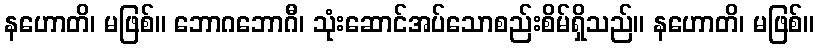
နဟောတိ၊ မဖြစ်။ ဘောဂဘောဂီ၊ သုံးဆောင်အပ်သောစည်းစိမ်ရှိသည်။ နဟောတိ၊ မဖြစ်။